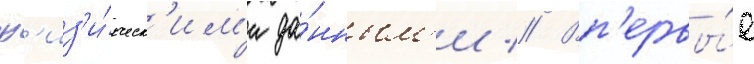
ф'из'и́ческ'им'и да́нным'и // Вп'ервы́е